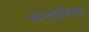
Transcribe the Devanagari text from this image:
मानवाधिकार